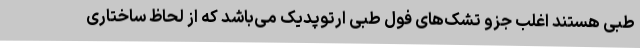
طبی هستند اغلب جزو تشک‌های فول طبی ارتوپدیک می‌باشد که از لحاظ ساختاری